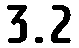
3.2